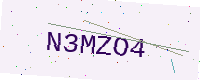
Text: N3MZO4